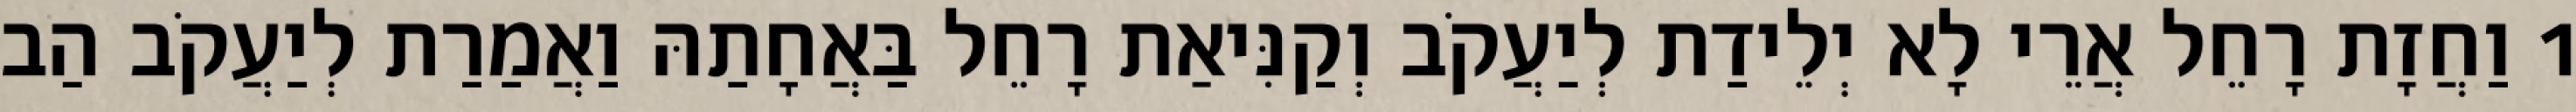
1 וַחֲזָת רָחֵל אֲרֵי לָא יְלֵידַת לְיַעֲקֹב וְקַנִּיאַת רָחֵל בַּאֲחָתַהּ וַאֲמַרַת לְיַעֲקֹב הַב